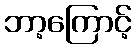
ဘာ့ကြောင့်